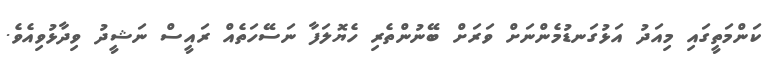
ކަންމަތީގައި މިއަދު އަޅުގަނޑުމެންނަށް ވަރަށް ބޭނުންތެރި ހެޔޮލަފާ ނަސޭހަތެއް ރައީސް ނަޝީދު ވިދާޅުވިއެވެ.